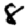
Digit: 8